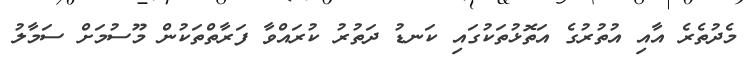
މެދުތެރެ އާއި އުތުރުގެ އަތޮޅުތަކުގައި ކަނޑު ދަތުރު ކުރައްވާ ފަރާތްތަކުން މޫސުމަށް ސަމާލު